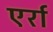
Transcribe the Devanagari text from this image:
एर्रा